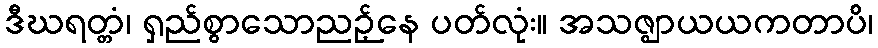
ဒီဃရတ္တံ၊ ရှည်စွာသောညဉ့်နေ ပတ်လုံး။ အသဇ္ဈာယယကတာပိ၊